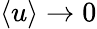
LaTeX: \langle u\rangle\to 0